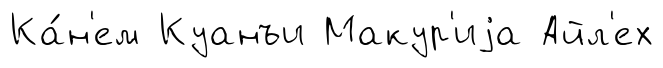
Ка́н'ем Куанъи Макур'иjа Айл'ех